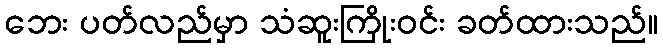
ဘေး ပတ်လည်မှာ သံဆူးကြိုးဝင်း ခတ်ထားသည်။